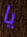
يا